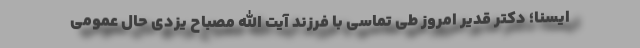
ایسنا؛ دکتر قدیر امروز طی تماسی با فرزند آیت الله مصباح یزدی حال عمومی